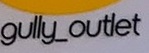
gully_outlet